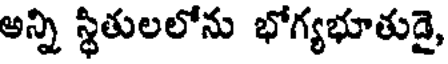
అన్ని స్థితులలోను భోగ్యభూతుడై,